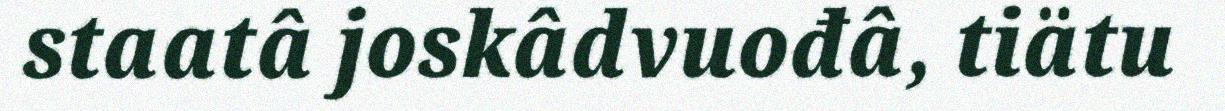
staatâ joskâdvuođâ, tiätu